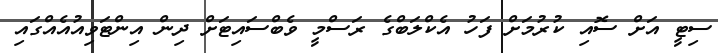
ސިޓީ އަށް ސޮއި ކުރުމަށް ފަހު އެކްލަބްގެ ރަސްމީ ވެބްސައިޓަށް ދިން އިންޓަވިއުއެއްގައި